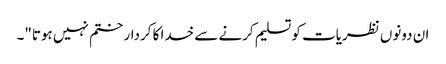
ان دونوں نظریات کو تسلیم کرنے سے خدا کا کردار ختم نہیں ہوتا"۔